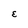
Character: E